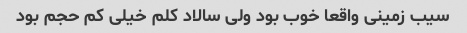
سیب زمینی واقعا خوب بود ولی سالاد کلم خیلی کم حجم بود